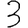
Digit: 3